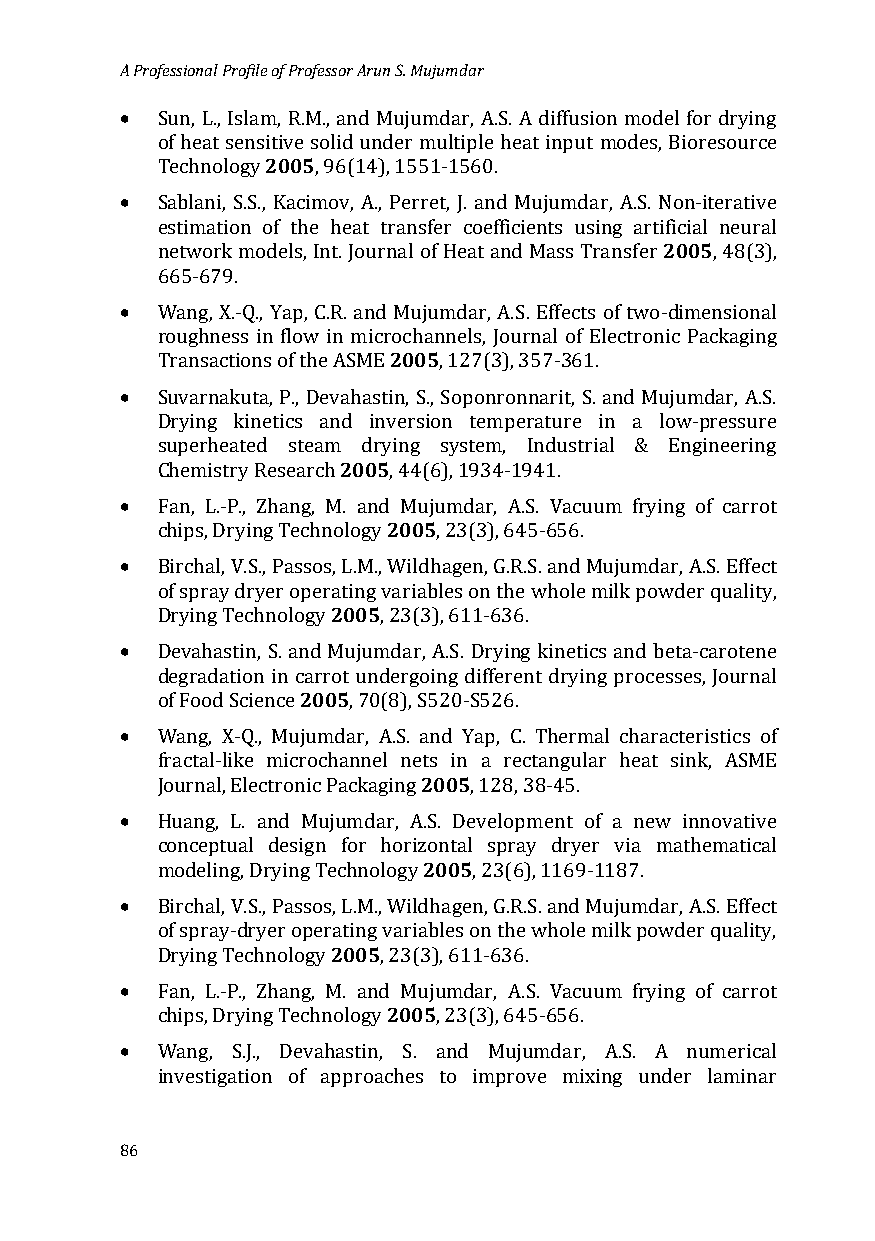
A Professional Profile of Professor Arun S. Mujumdar
 •
 Sun, L., Islam2,0 R0.5M., and Mujumdar, A.S. A diffusion model for drying
 of heat sensitive solid under multiple heat input modes, Bioresource
 •
 Technology , 96(14), 1551-1560.
 Sablani, S.S., Kacimov, A., Perret, J. and Mujumdar, A.S. N2o0n0-5iterative
 estimation of the heat transfer coefficients using artificial neural
 network models, Int. Journal of Heat and Mass Transfer , 48(3),
 •
 665-679.
 Wang, X.-Q., Yap, C.R. and 2M0u0j5umdar, A.S. Effects of two-dimensional
 roughness in flow in microchannels, Journal of Electronic Packaging
 •
 Transactions of the ASME , 127(3), 357-361.
 Suvarnakuta, P., Devahastin, S., Soponronnarit, S. and Mujumdar, A.S.
 Drying kinetics an2d0 0in5version temperature in a low-pressure
 superheated steam drying system, Industrial & Engineering
 •
 Chemistry Research , 44(6), 1934-1941.
 2005
 Fan, L.-P., Zhang, M. and Mujumdar, A.S. Vacuum frying of carrot
 •
 chips, Drying Technology , 23(3), 645-656.
 Birchal, V.S., Passos2, L0.0M5., Wildhagen, G.R.S. and Mujumdar, A.S. Effect
 of spray dryer operating variables on the whole milk powder quality,
 •
 Drying Technology , 23(3), 611-636.
 Devahastin, S. an2d0 0M5ujumdar, A.S. Drying kinetics and beta-carotene
 degradation in carrot undergoing different drying processes, Journal
 •
 of Food Science , 70(8), S520-S526.
 Wang, X-Q., Mujumdar, A.S. a2n0d0 5Yap, C. Thermal characteristics of
 fractal-like microchannel nets in a rectangular heat sink, ASME
 •
 Journal, Electronic Packaging , 128, 38-45.
 Huang, L. and Mujumdar, A2.S0. 0D5evelopment of a new innovative
 conceptual design for horizontal spray dryer via mathematical
 •
 modeling, Drying Technology , 23(6), 1169-1187.
 Birchal, V.S., Passos2, L0.0M5., Wildhagen, G.R.S. and Mujumdar, A.S. Effect
 of spray-dryer operating variables on the whole milk powder quality,
 •
 Drying Technology , 23(3), 611-636.
 2005
 Fan, L.-P., Zhang, M. and Mujumdar, A.S. Vacuum frying of carrot
 •
 chips, Drying Technology , 23(3), 645-656.
 Wang, S.J., Devahastin, S. and Mujumdar, A.S. A numerical
 investigation of approaches to improve mixing under laminar
 86